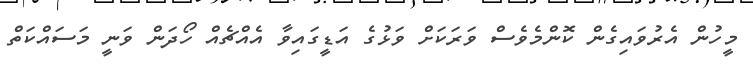
މީހުން އެރުވައިގެން ކޮންމެވެސް ވަރަކަށް ވަޅުގެ އަޑީގައިވާ އެއްޗެއް ހޯދަން ވަނީ މަސައްކަތް